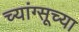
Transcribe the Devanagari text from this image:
च्यांग्सूच्या